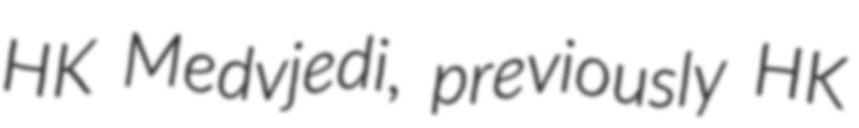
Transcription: HK Medvjedi, previously HK